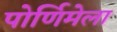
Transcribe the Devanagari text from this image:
पोर्णिमेला